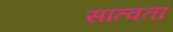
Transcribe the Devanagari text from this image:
सात्वतां